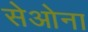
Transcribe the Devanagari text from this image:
सेओना